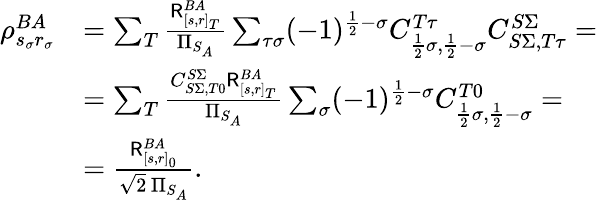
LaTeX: \begin{array}{rl}{\rho_{s_{\sigma}r_{\sigma}}^{BA}}&{=\sum_{T}\frac{\mathsf{R}_{[s,r]_{T}}^{BA}}{\Pi_{S_{A}}}\sum_{\tau\sigma}(-1)^{\frac{1}{2}-\sigma}C_{\frac{1}{2}\sigma,\frac{1}{2}-\sigma}^{T\tau}C_{S\Sigma,T\tau}^{S\Sigma}=}\\ &{=\sum_{T}\frac{C_{S\Sigma,T0}^{S\Sigma}\mathsf{R}_{[s,r]_{T}}^{BA}}{\Pi_{S_{A}}}\sum_{\sigma}(-1)^{\frac{1}{2}-\sigma}C_{\frac{1}{2}\sigma,\frac{1}{2}-\sigma}^{T0}=}\\ &{=\frac{\mathsf{R}_{[s,r]_{0}}^{BA}}{\sqrt{2}\, \Pi_{S_{A}}}.}\end{array}